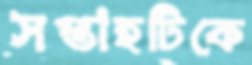
সপ্তাহটিকে